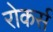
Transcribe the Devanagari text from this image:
रोकर्स